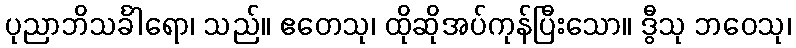
ပုညာဘိသင်္ခါရော၊ သည်။ ဧတေသု၊ ထိုဆိုအပ်ကုန်ပြီးသော။ ဒွီသု ဘဝေသု၊